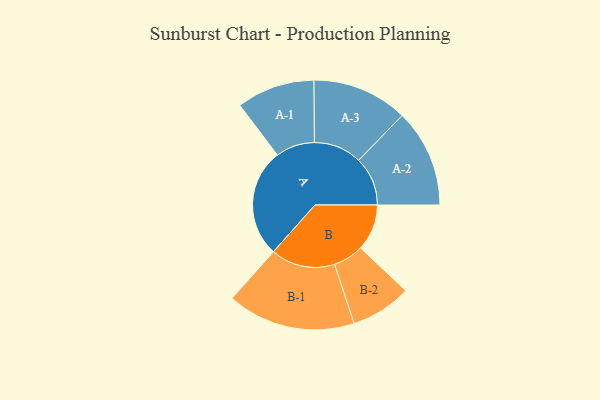
{"axis": {"x": "Segment", "y": "Value"}, "legend": ["", "A", "B"], "data": [{"x": "A", "y": 414, "type": ""}, {"x": "B", "y": 177, "type": ""}, {"x": "A-1", "y": 149, "type": "A"}, {"x": "A-2", "y": 187, "type": "A"}, {"x": "A-3", "y": 183, "type": "A"}, {"x": "B-1", "y": 245, "type": "B"}, {"x": "B-2", "y": 116, "type": "B"}]}